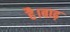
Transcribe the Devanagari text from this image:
है।बाढ़